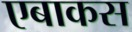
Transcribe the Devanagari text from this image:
एबाकस